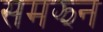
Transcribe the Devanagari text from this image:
समझन